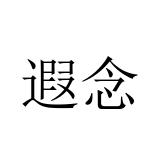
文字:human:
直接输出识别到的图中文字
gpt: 遐念